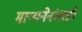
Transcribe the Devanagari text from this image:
मान्यनेनंतरही